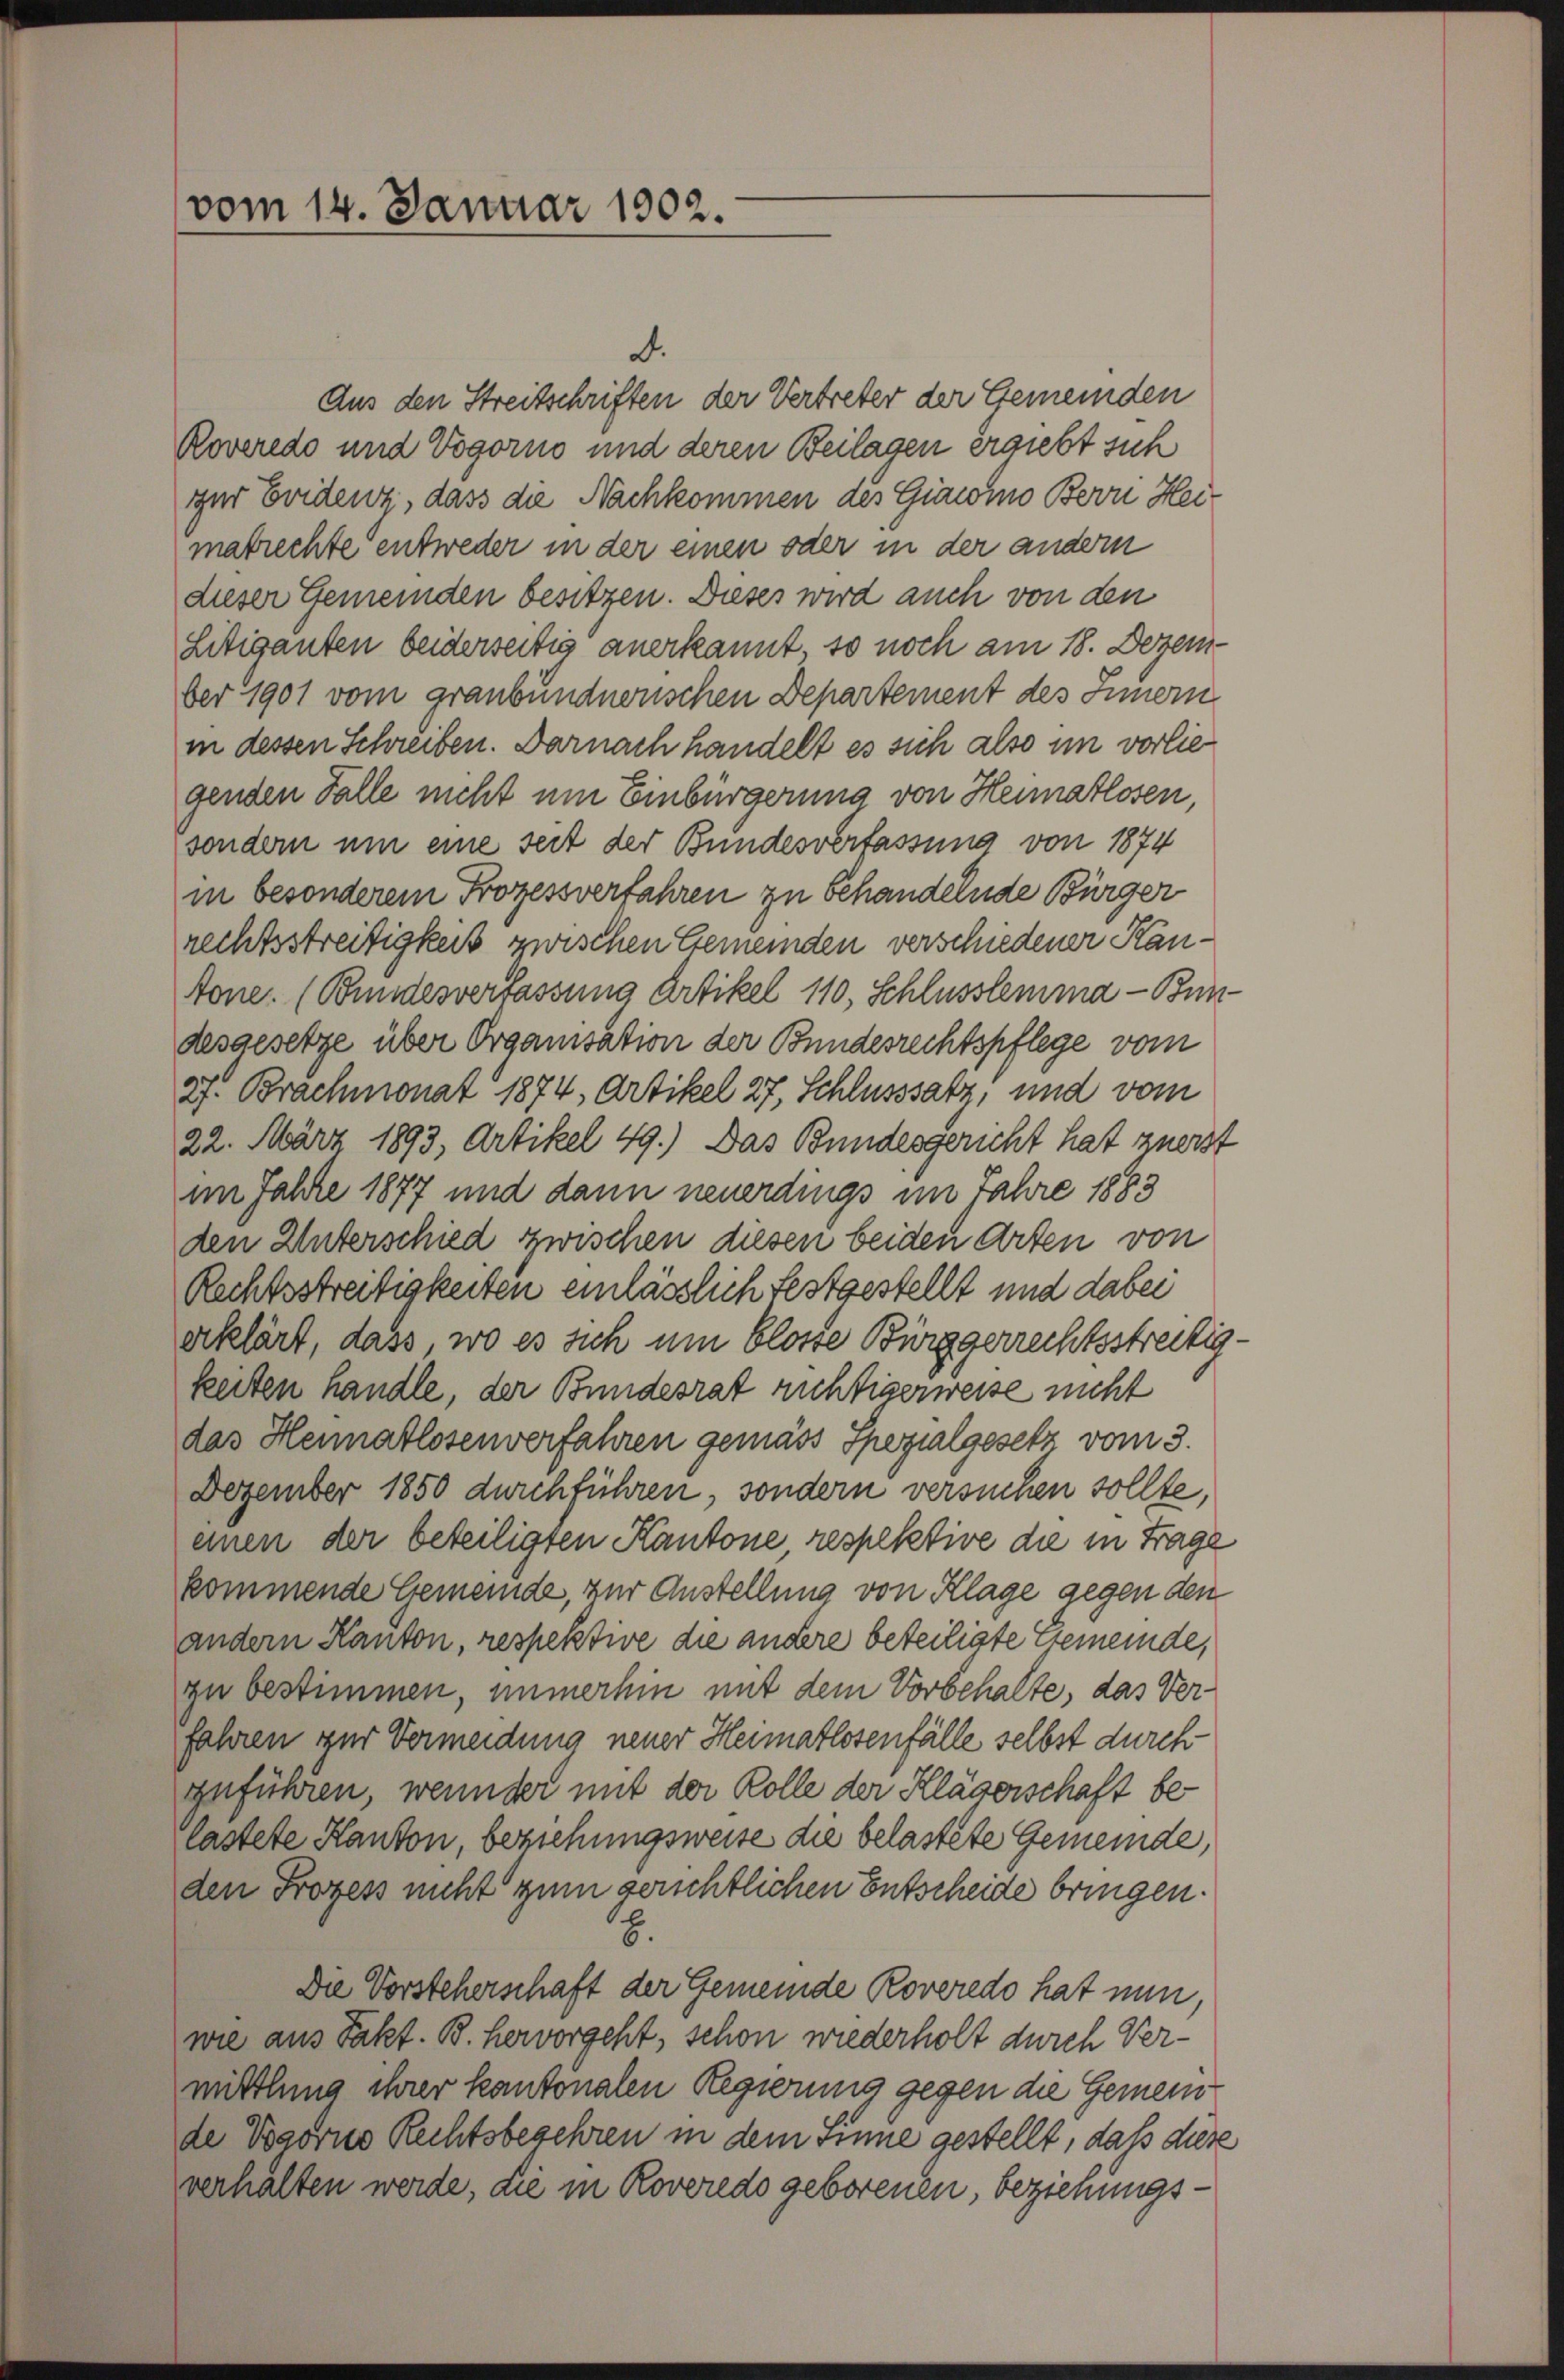
vom 14. Januar 1902.

d.
Aus den Streitschriften der Vertreter der Gemeinden
Roveredo und Vogorno und deren Beilagen ergiebt sich
zur Evidenz, dass die Nachkommen des Giacoino Bern Heimatrechte entweder in der einen oder in der andern
dieser Gemeinden besitzen. Dieses wird auch von den
Litiganten beiderseitig anerkannt, so noch am 18. Dezem-
ber 1901 vom granbundnerischen Departement des Innern
in dessen Schreiben. Darnach handelt es sich also im vorliegenden Falle nicht um Einbürgerung von Heimatlosen,
sondern um eine seit der Bundesverfassung von 1874
in besonderem Prozessverfahren zu behandelnde Bürger
rechtsstreitigkeit zwischen Gemeinden verschiedener Kantone. (Bundesverfassung Artikel 110, Schlusslemma - Bundesgesetze über Organisation der Bundesrechtspflege vom
2f. Brachmonat 1874, Artikel 27, Schlusssatz, und vom
22. März 1893, Artikel 49.) Das Bundesgericht hat zuerst
im Jahre 1877 und dann neuerdings im Jahre 1883
den Unterschied zwischen diesen beiden Arten von
Rechtsstreitigkeiten einlässlich festgestellt und dabei
erklärt, dass wo es sich um blosse Bürggerrechtsstreitigkeiten handle, der Bundesrat richtigerweise nicht
das Heimatlosenverfahren gemäss Spezialgesetz vom 3.
Dezember 1850 durchführen, sondern versuchen sollte,
einen der beteiligten Kantone respektive die in Frage
kommende Gemeinde, zur Anstellung von Klage gegen den
andern Kanton, respektive die andere beteiligte Gemeinde,
zu bestimmen, immerhin mit dem Vorbehalte, das Verfahren zur Vermeidung neuer Heimatlosenfälle selbst durch
zuführen, wenn der mit der Kolle der Klägerschaft belastete Kanton, beziehungsweise die belastete Gemeinde,
den Prozess nicht zum gerichtlichen Entscheide bringen.
B.
Die Vorsteherschaft der Gemeinde Roveredo hat nun,
wie aus Pakt. B. hervorgeht, schon wiederholt durch Vermittlung ihrer kantonalen Regierung gegen die Gemeinde Vogorno Rechtsbegehren in dem Sinne gestellt, daß diese
verhalten werde, die in Roveredo geborenen, beziehungs¬